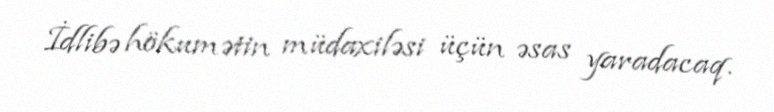
İdlibə hökumətin müdaxiləsi üçün əsas yaradacaq.